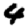
Digit: 4